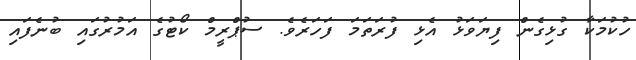
ހުކުމަކާ ގުޅިގެން ފިޔަވަޅު އެޅި ފުރަތަމަ ފަހަރެވެ. ސުޕްރީމް ކޯޓުގެ އަމުރުގައި ބުނެފައި